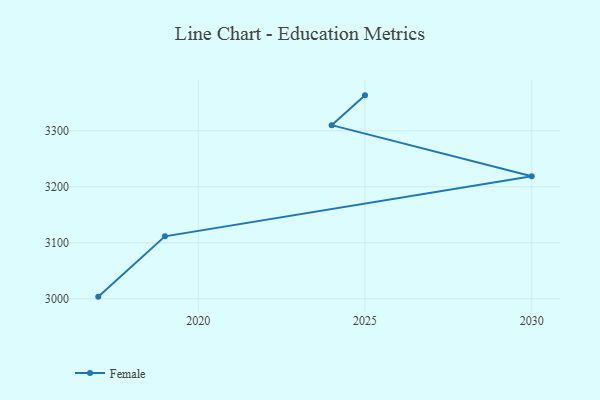
{"axis": {"x": "Year", "y": "Headcount"}, "legend": ["Female"], "data": [{"x": "2017", "y": 3003.8, "type": "Female"}, {"x": "2019", "y": 3111.5, "type": "Female"}, {"x": "2030", "y": 3218.8, "type": "Female"}, {"x": "2024", "y": 3310.1, "type": "Female"}, {"x": "2025", "y": 3363.3, "type": "Female"}]}